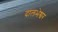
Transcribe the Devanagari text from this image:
दालभेश्वर